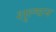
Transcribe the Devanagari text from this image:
शुल्चन